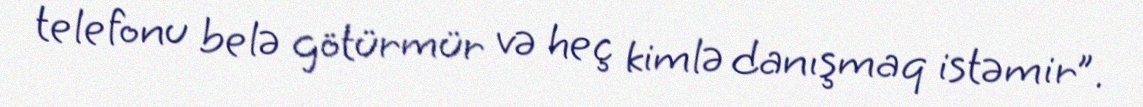
telefonu belə götürmür və heç kimlə danışmaq istəmir”.